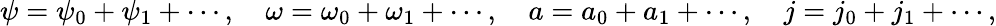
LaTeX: \psi=\psi_{0}+\psi_{1}+\cdots,\quad\omega=\omega_{0}+\omega_{1}+\cdots,\quad a=a_{0}+a_{1}+\cdots,\quad j=j_{0}+j_{1}+\cdots,